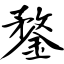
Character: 鍪